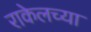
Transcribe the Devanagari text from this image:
राकेलच्या